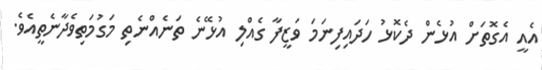
އެއީ އެގޮތަށް އުޅެން ދެކޮޅު ހަދައިފިނަމަ ވަޒީފާ ގެއްލި އުޅޭނެ ތަނެއްނެތި މަގުމަތިވެދާނެތީއެވެ.